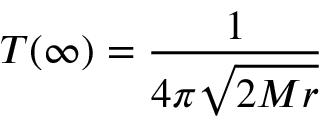
T ( \infty ) = { \frac { 1 } { 4 \pi { \sqrt { 2 M r } } } }